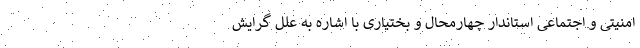
امنیتی و اجتماعی استاندار چهارمحال و بختیاری با اشاره به علل گرایش